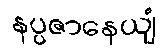
နပ္ပဇာနေယျံ